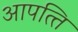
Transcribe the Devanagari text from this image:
आपत्‍ति